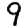
Digit: 9